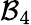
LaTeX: \mathcal{B}_{4}